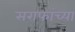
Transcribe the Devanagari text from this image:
सराफांच्या